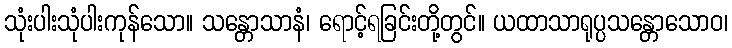
သုံးပါးသုံပါးကုန်သော။ သန္တောသာနံ၊ ရောင့်ရခြင်းတို့တွင်။ ယထာသာရုပ္ပသန္တောသောဝ၊